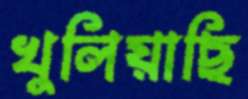
খুলিয়াছি